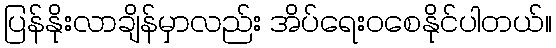
ပြန်နိုးလာချိန်မှာလည်း အိပ်ရေးဝစေနိုင်ပါတယ်။